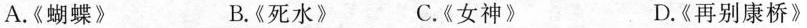
A.《蝴蝶》 B.《死水》 C.《女神》 D.《再别康桥》